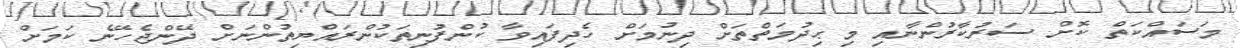
މަސައްކަތް ކޮށް ސަރުކާރުންނާއި މި ޙިދުމަތްތަށް ދިނުމަށް ހެދިފައިވާ ކުންފުނިތަކުންރައްޔިތުންނަށް ދޭންޖެހޭނެ ކަމަށް